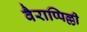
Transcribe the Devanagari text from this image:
वैराप्पिल्ली